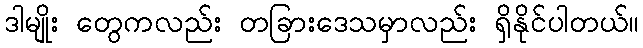
ဒါမျိုး တွေကလည်း တခြားဒေသမှာလည်း ရှိနိုင်ပါတယ်။